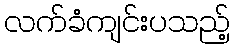
လက်ခံကျင်းပသည့်